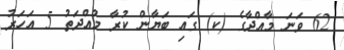
62 ވަނަ މާއްދާގެ (ކ) ގައި ބަޔާން ކުރާ މުއްދަތު 5 އަހަރު